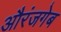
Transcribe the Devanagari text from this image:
औरंजगेब